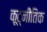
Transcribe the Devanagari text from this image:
कूट्नीतिक